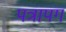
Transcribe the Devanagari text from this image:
पत्रापग